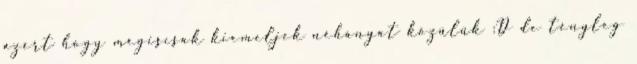
azért hogy mégiscsak kiemeljek néhányat közülük :D de tényleg